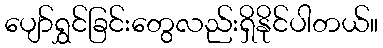
ပျော်ရွှင်ခြင်းတွေလည်းရှိနိုင်ပါတယ်။